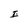
Character: I